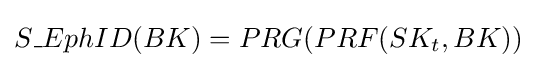
S\_EphID(BK)=PRG(PRF(SK_{t},BK))